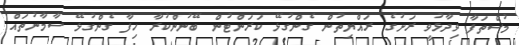
މުސްތަފާ ވިދާޅުވީ ރަށުގެ ރައްޔިތުން ގެންގުޅޭ ކަރަންޓުން ބޭނުންކުރާ ހިފާ ގެންގުޅޭ ސާމާނުތައް